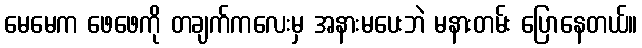
မေမေက ဖေဖေကို တချက်ကလေးမှ အနားမပေးဘဲ မနားတမ်း ပြောနေတယ်။